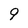
Character: 9